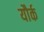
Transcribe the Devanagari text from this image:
यौर्क